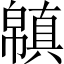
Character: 𢅬